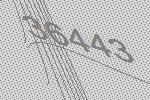
36443